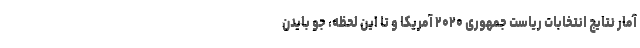
آمار نتایج انتخابات ریاست جمهوری ۲۰۲۰ آمریکا و تا این لحظه، جو بایدن